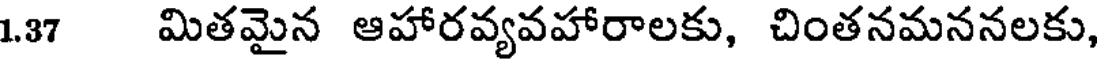
1.37 మితమైన ఆహారవ్యవహారాలకు, చింతనమననలకు,